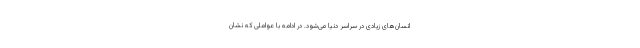
انسان‌های زیادی در سراسر دنیا می‌شود. در ادامه با عواملی که نشان